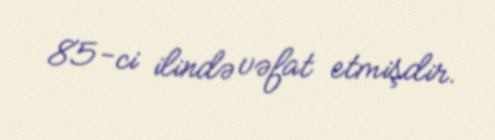
85-ci ilində vəfat etmişdir.